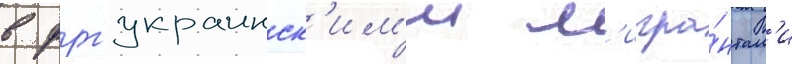
в фрг украинск'им'и м'игра́нтам'и